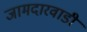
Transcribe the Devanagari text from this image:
जामदारवाडी